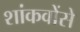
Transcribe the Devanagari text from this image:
शांकवोंसे